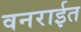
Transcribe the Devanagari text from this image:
वनराईत